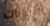
الزنزانات